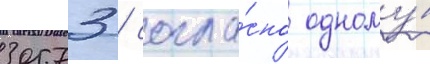
30573 / согла́сно одному́